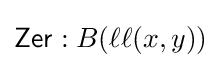
{\mathsf {Zer}}:B(\ell \ell (x,y))